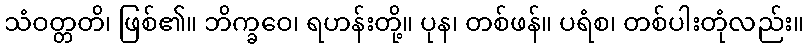
သံဝတ္တတိ၊ ဖြစ်၏။ ဘိက္ခဝေ၊ ရဟန်းတို့။ ပုန၊ တစ်ဖန်။ ပရံစ၊ တစ်ပါးတုံလည်း။